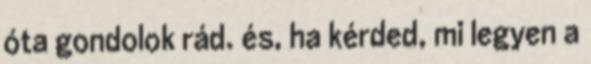
óta gondolok rád. és, ha kérded, mi legyen a